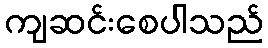
ကျဆင်းစေပါသည်